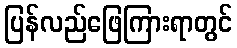
ပြန်လည်ဖြေကြားရာတွင်